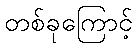
တစ်ခုကြောင့်